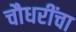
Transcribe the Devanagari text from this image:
चौधरींचा